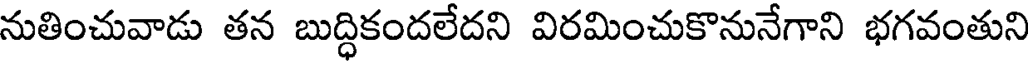
నుతించువాడు తన బుద్ధికందలేదని విరమించుకొనునేగాని భగవంతుని